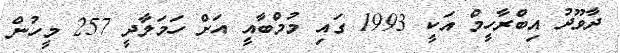
ދާވޫދު އިބްރާހީމް އަކީ 1993 ގައި މުމްބާއީ އަށް ހަމަލާދީ 257 މީހުން